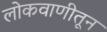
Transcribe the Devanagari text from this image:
लोकवाणीतून